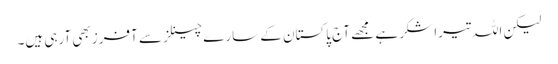
لیکن اللہ تیرا شکر ہے مجھے آج پاکستان کے سارے چینلز سے آفرز بھی آرہی ہیں۔